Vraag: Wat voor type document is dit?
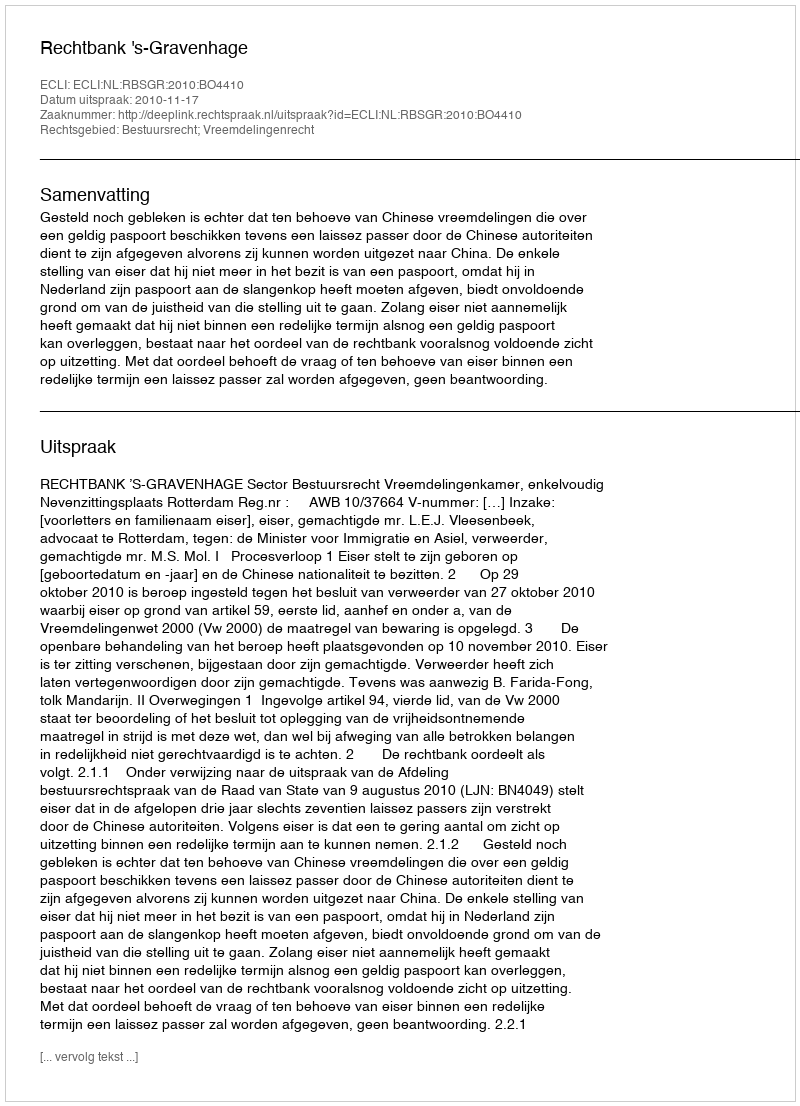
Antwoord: Uitspraak